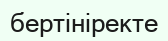
бертініректе